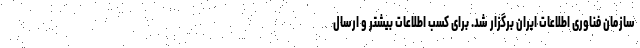
سازمان فناوری اطلاعات ایران برگزار شد. برای کسب اطلاعات بیشتر و ارسال